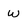
Character: W